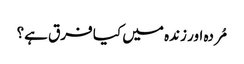
مُردہ اور زندہ میں کیا فرق ہے؟